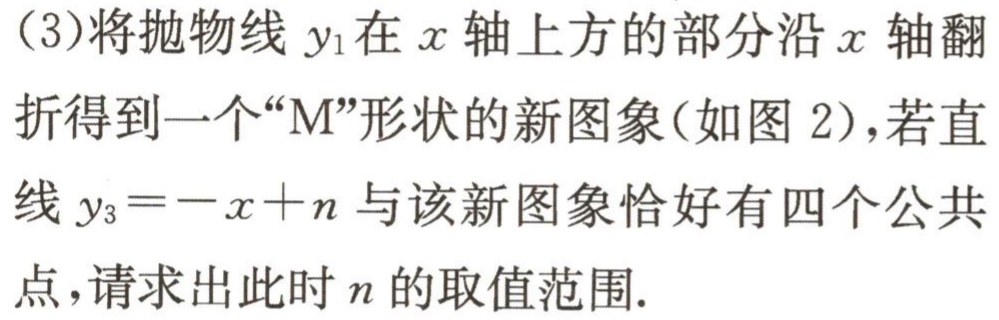
(3)将抛物线\(y_{1}\)在\(x\)轴上方的部分沿\(x\)轴翻折得到一个“\(M\)”形状的新图象(如图2)，若直线\(y_{3}=-x + n\)与该新图象恰好有四个公共点，请求出此时\(n\)的取值范围.